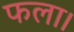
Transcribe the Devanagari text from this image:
फला।